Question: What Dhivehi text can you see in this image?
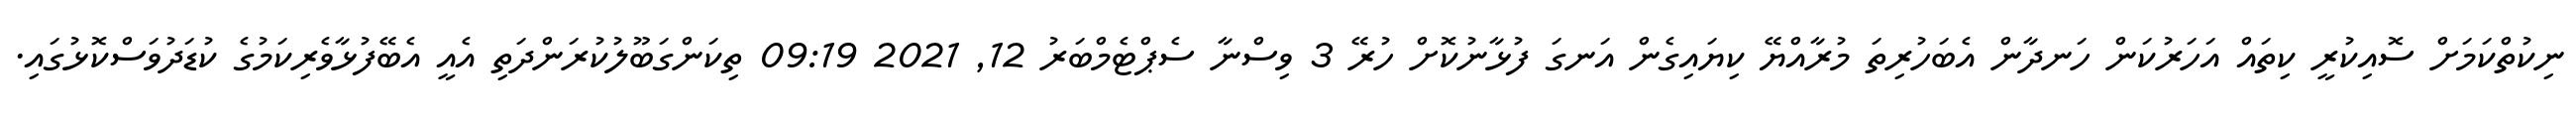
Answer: ނިކުތްކަމަށް ސޮއިކުރީ ކިތައް އަހަރުކަން ހަނދާން އެބަހުރިތަ މުރާއްޔޭ ކިޔައިގެން އަނގަ ފުޅާނުކޮށް ހުރޭ 3 ވިސްނާ ސެޕްޓެމްބަރު 12, 2021 09:19 ތިކަންގަބޫލުކުރަންދަތި އެއީ އެބޭފުޅާވެރިކަމުގެ ކުޑަދުވަސްކޮޅުގައި.